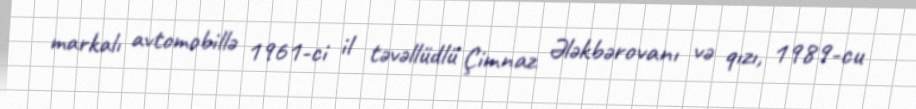
markalı avtomobillə 1961-ci il təvəllüdlü Çimnaz Ələkbərovanı və qızı, 1989-cu